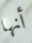
أنها